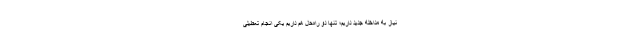
نیاز به مداخله جدید داریم؛ تنها دو راه‌حل هم داریم یکی انجام تعطیلی